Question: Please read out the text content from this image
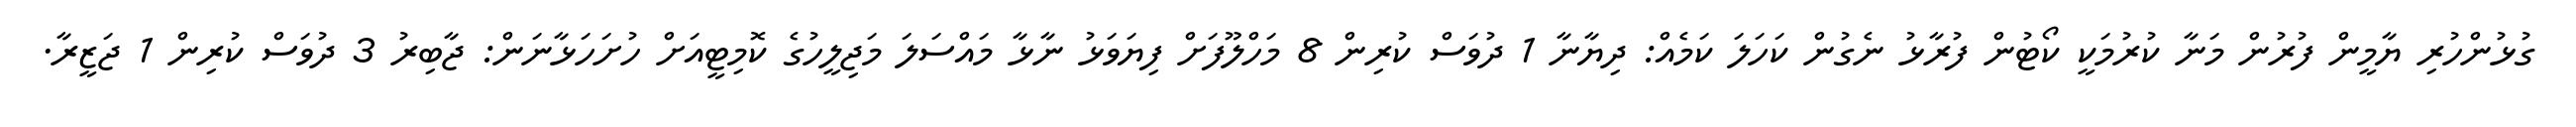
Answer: ގުޅުންހުރި ޔާމީން ފުރުން މަނާ ކުރުމަކީ ކޯޓުން ފުރާޅު ނެގުން ކަހަލަ ކަމެއް: ދިޔާނާ 1 ދުވަސް ކުރިން 8 މަހްލޫފަށް ފިޔަވަޅު ނާޅާ މައްސަލަ މަޖިލީހުގެ ކޮމިޓީއަށް ހުށަހަޅާނަން: ޖާބިރު 3 ދުވަސް ކުރިން 1 ޖަޒީރާ.